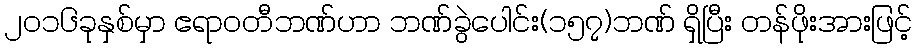
၂၀၁၆ခုနှစ်မှာ ဧရာဝတီဘဏ်ဟာ ဘဏ်ခွဲပေါင်း(၁၅၇)ဘဏ် ရှိပြီး တန်ဖိုးအားဖြင့်